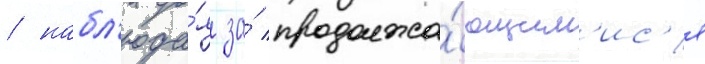
/ набл'юда́я за́ продолжа́ющим'ис'я